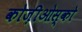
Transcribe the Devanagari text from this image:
कोज़ीओस्को